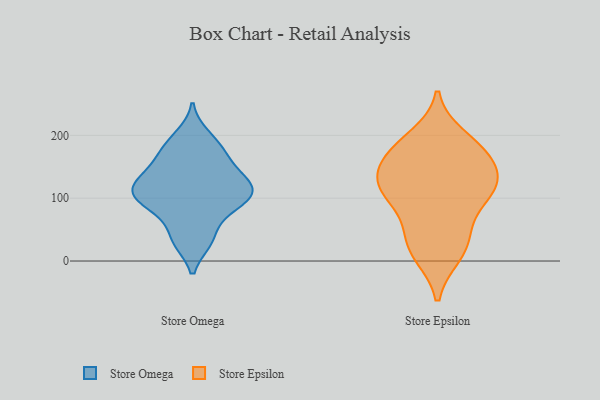
{"axis": {"x": "Demand Index", "y": "Value"}, "legend": ["Store Epsilon", "Store Omega"], "data": [{"x": "", "y": 88, "type": "Store Omega"}, {"x": "", "y": 133, "type": "Store Omega"}, {"x": "", "y": 127, "type": "Store Omega"}, {"x": "", "y": 98, "type": "Store Omega"}, {"x": "", "y": 109, "type": "Store Omega"}, {"x": "", "y": 119, "type": "Store Omega"}, {"x": "", "y": 200, "type": "Store Omega"}, {"x": "", "y": 97, "type": "Store Omega"}, {"x": "", "y": 165, "type": "Store Omega"}, {"x": "", "y": 31, "type": "Store Omega"}, {"x": "", "y": 133, "type": "Store Omega"}, {"x": "", "y": 102, "type": "Store Omega"}, {"x": "", "y": 63, "type": "Store Omega"}, {"x": "", "y": 182, "type": "Store Omega"}, {"x": "", "y": 165, "type": "Store Omega"}, {"x": "", "y": 31, "type": "Store Omega"}, {"x": "", "y": 15, "type": "Store Epsilon"}, {"x": "", "y": 119, "type": "Store Epsilon"}, {"x": "", "y": 98, "type": "Store Epsilon"}, {"x": "", "y": 169, "type": "Store Epsilon"}, {"x": "", "y": 11, "type": "Store Epsilon"}, {"x": "", "y": 39, "type": "Store Epsilon"}, {"x": "", "y": 109, "type": "Store Epsilon"}, {"x": "", "y": 115, "type": "Store Epsilon"}, {"x": "", "y": 196, "type": "Store Epsilon"}, {"x": "", "y": 119, "type": "Store Epsilon"}, {"x": "", "y": 182, "type": "Store Epsilon"}, {"x": "", "y": 158, "type": "Store Epsilon"}, {"x": "", "y": 49, "type": "Store Epsilon"}, {"x": "", "y": 168, "type": "Store Epsilon"}, {"x": "", "y": 131, "type": "Store Epsilon"}]}